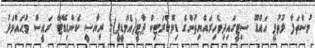
މުސްތަފާ ލުތުފީ އައްޑޫ ސިޓީގައިދިވެހިރައްޔިތުންގެ ޑިމޮކްރަޓިކް ޕާޓީ(އެމްޑީޕީ)ގެ ރިޔާސީ ކެންޑިޑޭޓް ރައީސް މުޙައްމަދު